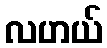
လဟယ်